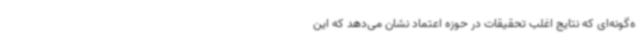
ه‌گونه‌ای که نتایج اغلب تحقیقات در حوزه اعتماد نشان می‌دهد که این